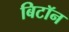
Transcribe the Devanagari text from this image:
बिटॉन